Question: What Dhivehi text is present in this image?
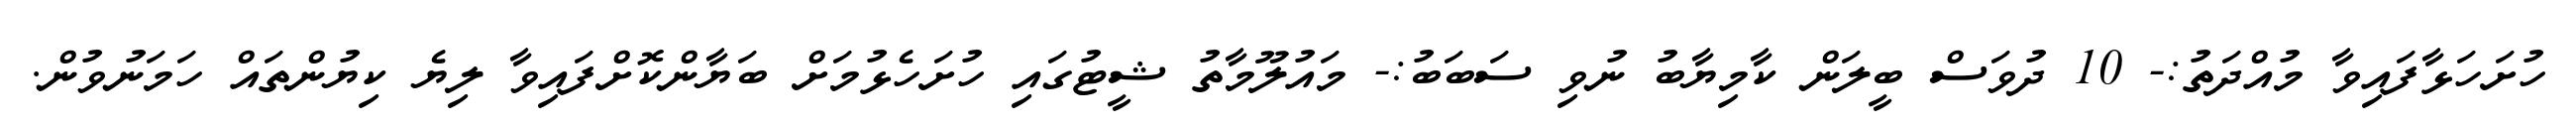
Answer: ހުށަހަޅާފައިވާ މުއްދަތު:- 10 ދުވަސް ބީލަން ކާމިޔާބު ނުވި ސަބަބު:- މައުލޫމާތު ޝީޓުގައި ހުށަހެޅުމަށް ބަޔާންކޮށްފައިވާ ލިޔެ ކިޔުންތައް ހަމަނުވުން.